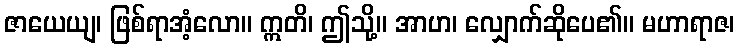
ဇာယေယျ၊ ဖြစ်ရာအံ့လော။ ဣတိ၊ ဤသို့။ အာဟ၊ လျှောက်ဆိုပေ၏။ မဟာရာဇ၊